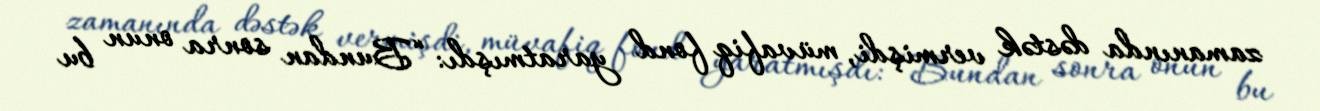
zamanında dəstək vermişdi, müvafiq fond yaratmışdı: “Bundan sonra onun bu